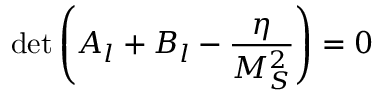
\operatorname * { d e t } \left( A _ { l } + B _ { l } - \frac { \eta } { M _ { S } ^ { 2 } } \right) = 0